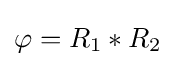
\varphi =R_{1}*R_{2}